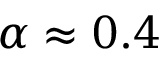
\alpha \approx 0 . 4